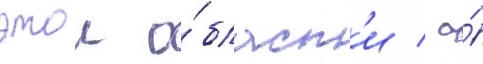
этои о́бласт'и / а́